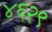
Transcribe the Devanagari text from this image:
४६२९